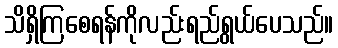
သိရှိကြစေရန်ကိုလည်းရည်ရွယ်ပေသည်။